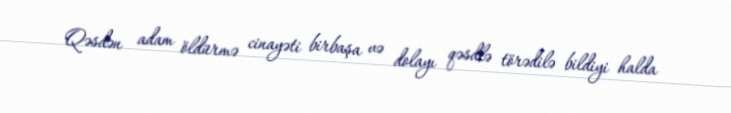
Qəsdən adam öldürmə cinayəti birbaşa və dolayı qəsdlə törədilə bildiyi halda